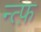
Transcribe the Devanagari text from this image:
न्त्फ़